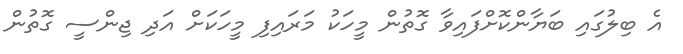
އެ ބިލުގައި ބަޔާންކޮށްފައިވާ ގޮތުން މީހަކު މަރައިފި މީހަކަށް އަދި ޖިންސީ ގޮތުން